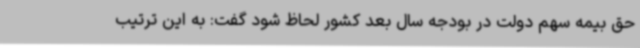
حق بیمه سهم دولت در بودجه سال بعد کشور لحاظ شود گفت: به این ترتیب